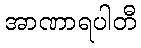
အာဏာရပါတီ